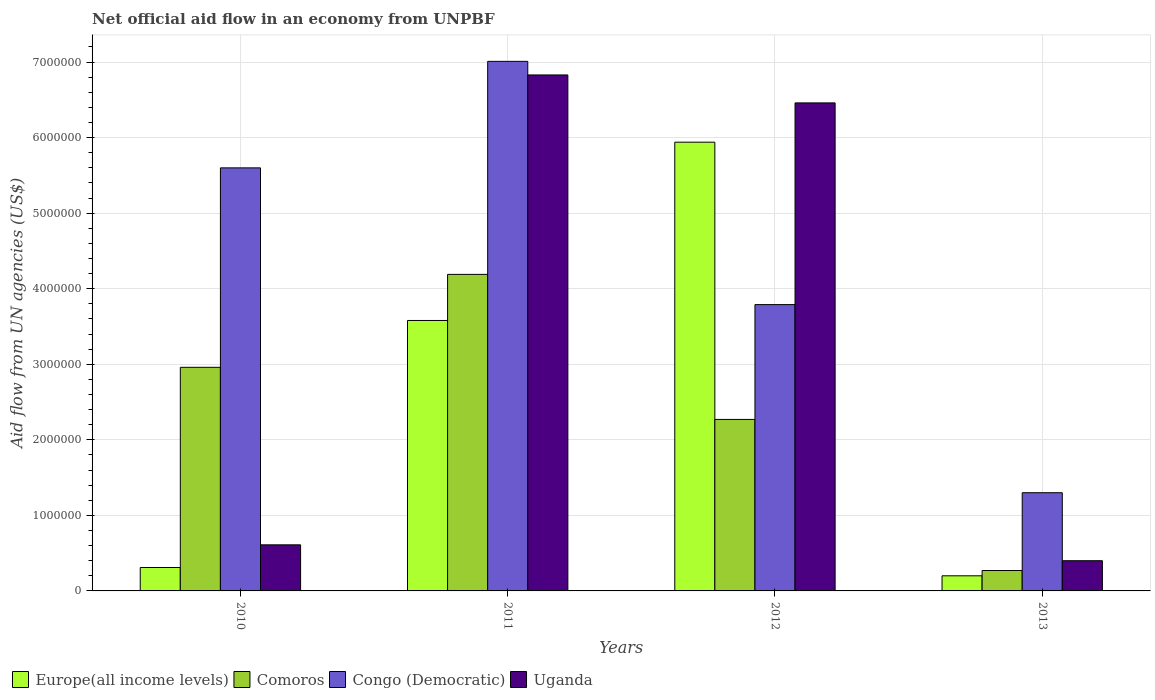
| Years | Europe(all income levels) | Comoros | Congo (Democratic) | Uganda |
 | --- | --- | --- | --- | --- |
 | 2010 | 3.1e+05 | 2.96e+06 | 5.6e+06 | 6.1e+05 |
 | 2011 | 3.58e+06 | 4.19e+06 | 7.01e+06 | 6.83e+06 |
 | 2012 | 5.94e+06 | 2.27e+06 | 3.79e+06 | 6.46e+06 |
 | 2013 | 2e+05 | 2.7e+05 | 1.3e+06 | 4e+05 |